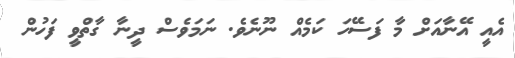
އެއީ އޭނާއަށް މާ ފަސޭހަ ކަމެއް ނޫނެވެ. ނަމަވެސް ދީނާ ގާތްވީ ފަހުން